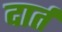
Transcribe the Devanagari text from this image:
दार्त